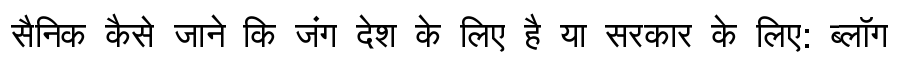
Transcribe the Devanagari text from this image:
सैनिक कैसे जाने कि जंग देश के लिए है या सरकार के लिए: ब्लॉग